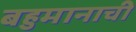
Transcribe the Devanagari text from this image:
बहुमानाची